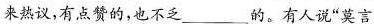
来热议，有点赞的，也不乏___的。有人说”莫言